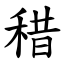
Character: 稓